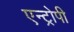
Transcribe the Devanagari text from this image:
एन्ट्रोपी